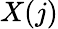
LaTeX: X(j)